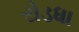
રોડધા